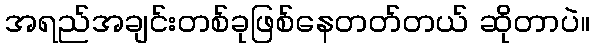
အရည်အချင်းတစ်ခုဖြစ်နေတတ်တယ် ဆိုတာပဲ။